Vaccination report Assam 1896-1927 - 1896-1927
Year: 1896
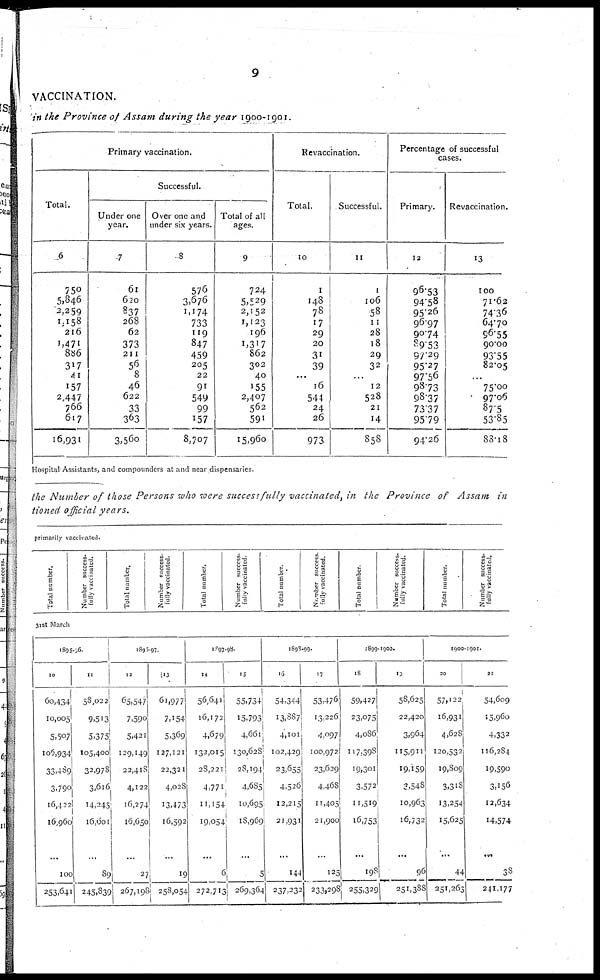
9
VACCINATION.
in the Province of Assam during the year 1900-1901.
Primary vaccination.
Total.
6
750
5,846
2,259
1,158
216
1,471
886
317
41
157
2,447
766
617
16,931
Successful.
Under one
year.
7
61
620
837
268
62
373
211
56
8
46
622
33
363
3,560
Over one and
under six years.
8
576
3,676
1,174
733
119
847
459
205
22
91
549
99
157
8,707
Total of all
ages.
9
724
5,529
2,152
1,123
196
1,317
862
302
40
155
2,407
562
591
15,960
Revaccination.
Total.
10
1
148
78
17
29
20
31
39
...
16
544
24
26
973
Successful.
11
1
106
58
11
28
18
29
32
...
12
528
21
14
858
Percentage of successful
cases.
Primary.
12
96.53
94.58
95.26
96.97
90.74
89.53
97.29
95.27
97.56
98.73
98.37
73.37
95.79
94.26
Revaccination.
13
100
71.62
74.36
64.70
96.55
90.00
93.55
82.05
...
75.00
97.06
87.5
53.85
88.18
Hospital Assistants, and compounders at and near dispensaries
the Number of those Persons who were successfully vaccinated, in the Province of Assam in
tioned official years.
primarily vaccinated.
Total number.
Number success-
fully vaccinated.
Total number.
Number success-
fully vaccinated
Total number.
Number success-
fully vaccinated.
Total number.
Number success-
fully vaccinated.
Total number.
Number success-
fully vaccinated.
Total number.
Number success-
fully vaccinated.
31st March
1895-96.
10
60,434
10,005
5,507
106,934
33,489
3,790
16,422
16,960
...
100
253,641
11
58,022
9,513
5,375
105,400
33,978
3,616
14,245
16,601
...
89
245,839
1896-97
12
65,547
7,590
5,421
129,149
22,418
4,122
16,274
16,650
...
27
267,198
13
61,977
7,154
5,369
127,121
22,321
4,028
13,473
16,592
... 19
258,054
1897-98.
14
56,641
16,172
4,679
132,015
28,221
4,771
11,154
19,054
...
6
272,713
15
55,734
15,793
4,661
130,628
28,194
4,685
10,695
18,969
...
5
269,364
1898-99.
16
54,344
13,887
4,101
102,429
23,655
4,526
12,215
21,931
...
144
237,232
17
53,476
13,226
4,097
100,972
23,629
4,468
11,405
21,900
...
125
233,298
1899-1900.
18
59,427
23,075
4,086
117,398
19,301
3,572
11,519
16,753
...
198
255,329
19
58,625
22,420
3,964
115,911
19,159
3,548
10,963
16,732
...
96
251,388
1900-1901.
20
57,122
16,931
4,628
120,532
19,809
3,318
13,254
15,625
...
44
251,263
21
54,609
15,960
4,332
116,284
19,590
3,156
12,634
14,574
...
38
241,177